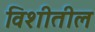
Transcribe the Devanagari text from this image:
विशीतील